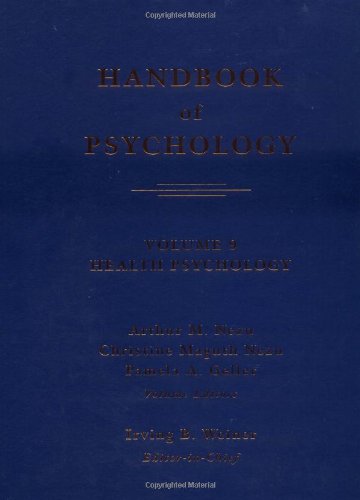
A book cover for Handbook of Psychology, Health Psychology (Volume 9); Health, Fitness & Dieting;